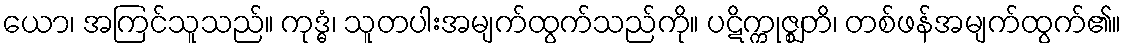
ယော၊ အကြင်သူသည်။ ကုဒ္ဓံ၊ သူတပါးအမျက်ထွက်သည်ကို။ ပဋိက္ကုဇ္ဈတိ၊ တစ်ဖန်အမျက်ထွက်၏။